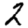
Digit: 2